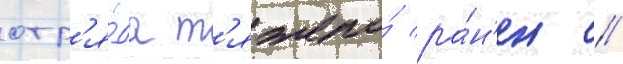
отр'я́да т'яжело́ ра́н'ен /